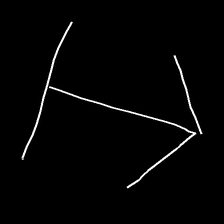
Glyph: levitation